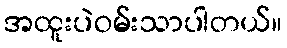
အထူးပဲဝမ်းသာပါတယ်။